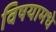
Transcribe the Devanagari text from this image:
विषयामधे